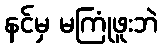
နင်မှ မကြုံဖူးဘဲ